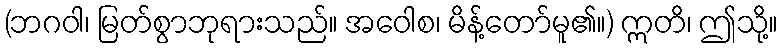
(ဘဂဝါ၊ မြတ်စွာဘုရားသည်။ အဝေါစ၊ မိန့်တော်မူ၏။) ဣတိ၊ ဤသို့။